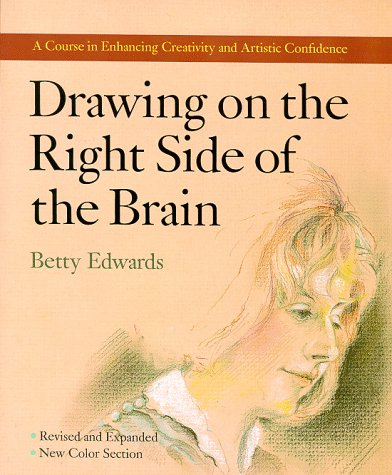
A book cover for Drawing on the Right Side of the Brain; Betty Edwards; Arts & Photography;